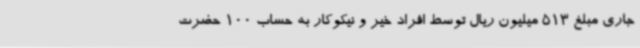
جاری مبلغ 513 میلیون ریال توسط افراد خیر و نیکوکار به حساب 100 حضرت